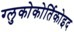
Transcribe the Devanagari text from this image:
ग्लुकोकोर्तिकोइद